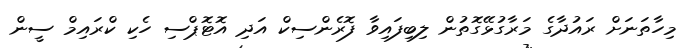
މިހާތަނަށް ރައުދާގެ މަރާގުޅޭގޮތުން ލިބިފައިވާ ފޮރެންސިކް އަދި އޮޓޮޕްސި ހެކި ކްރައިމް ސީން